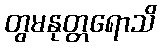
တွမနုတ္တရောသိ